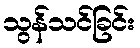
သွန်သင်ခြင်း